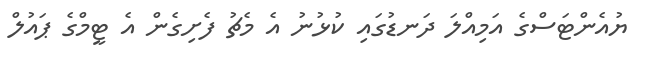
ޔުއެންޓަސްގެ އަމިއްލަ ދަނޑުގައި ކުޅުނު އެ މެޗު ފެށިގެން އެ ޓީމްގެ ޕައުލް